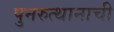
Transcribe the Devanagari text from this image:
पुनरुत्थानाची